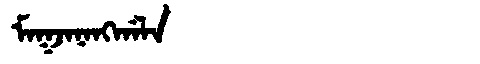
Manchu: ᠮᠠᡴᠵᠠᠨᠠᠩᡤᠠᠯᠠ
Romanization: MAKJANANGGALA